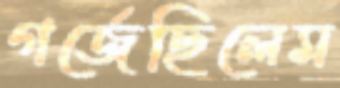
গর্জেছিলেম